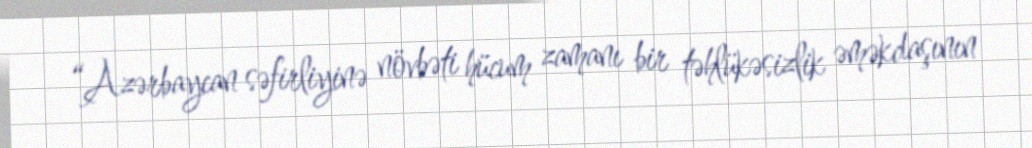
“Azərbaycan səfirliyinə növbəti hücum zamanı bir təhlükəsizlik əməkdaşının